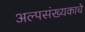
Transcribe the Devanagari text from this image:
अल्पसंख्यकाचे